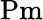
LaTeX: \mathrm{Pm}